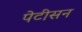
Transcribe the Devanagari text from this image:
पेटीसन